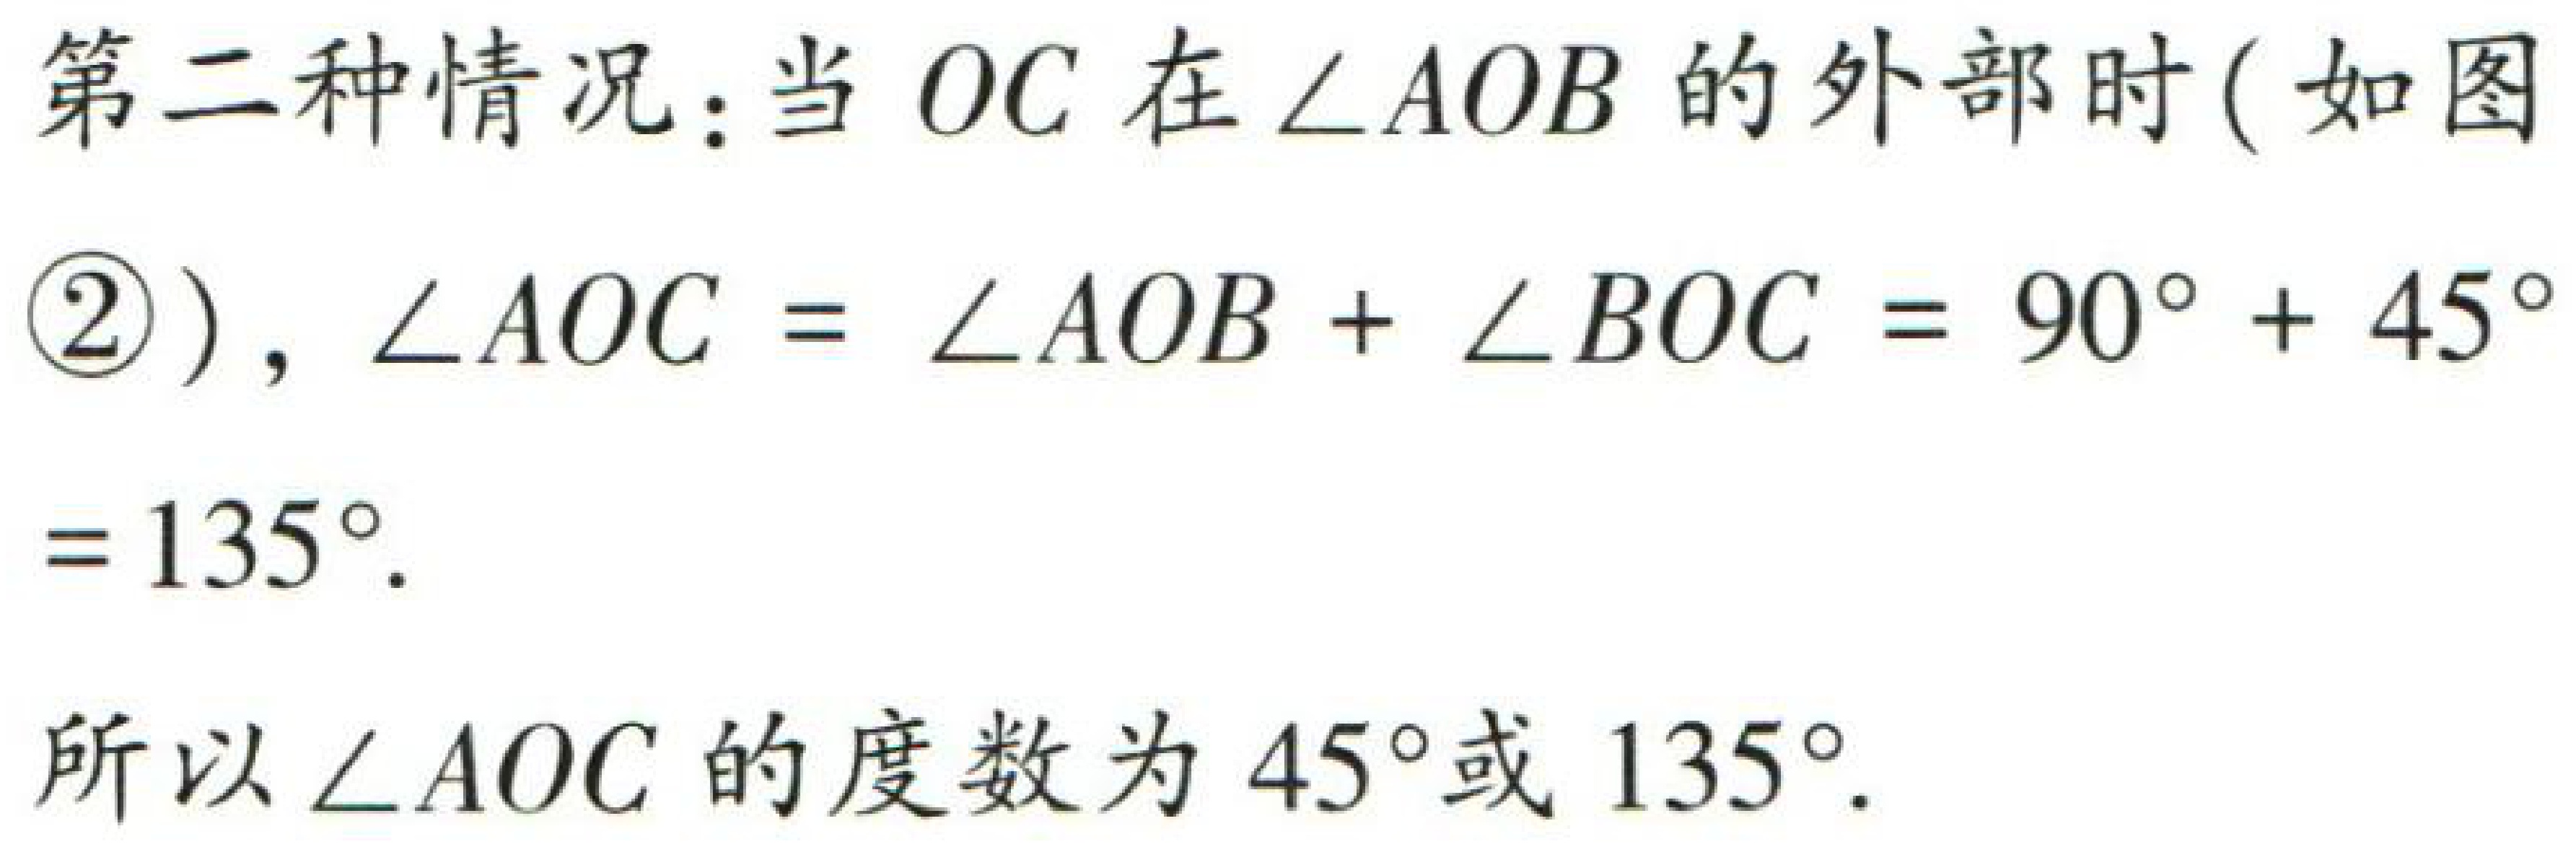
第二种情况：当 \(OC\) 在 \(\angle AOB\) 的外部时 (如图

\textcircled{2} ), \(\angle AOC = \angle AOB + \angle BOC = 90^{\circ} + 45^{\circ}

= 135^{\circ}\).

所以 \(\angle AOC\) 的度数为 \(45^{\circ}\)或 \(135^{\circ}\).